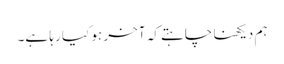
ہم دیکھنا چاہتے کہ آخر ہو کیا رہا ہے۔